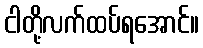
ငါတို့လက်ထပ်ရအောင်။